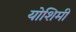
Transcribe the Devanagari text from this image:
योशिमी